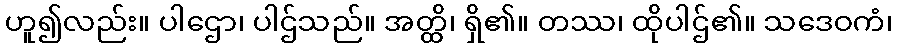
ဟူ၍လည်း။ ပါဌော၊ ပါဌ်သည်။ အတ္ထိ၊ ရှိ၏။ တဿ၊ ထိုပါဌ်၏။ သဒေဝကံ၊